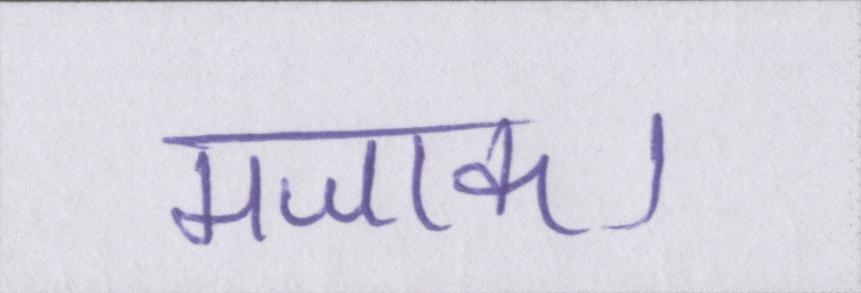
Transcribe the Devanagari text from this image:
मजाक।